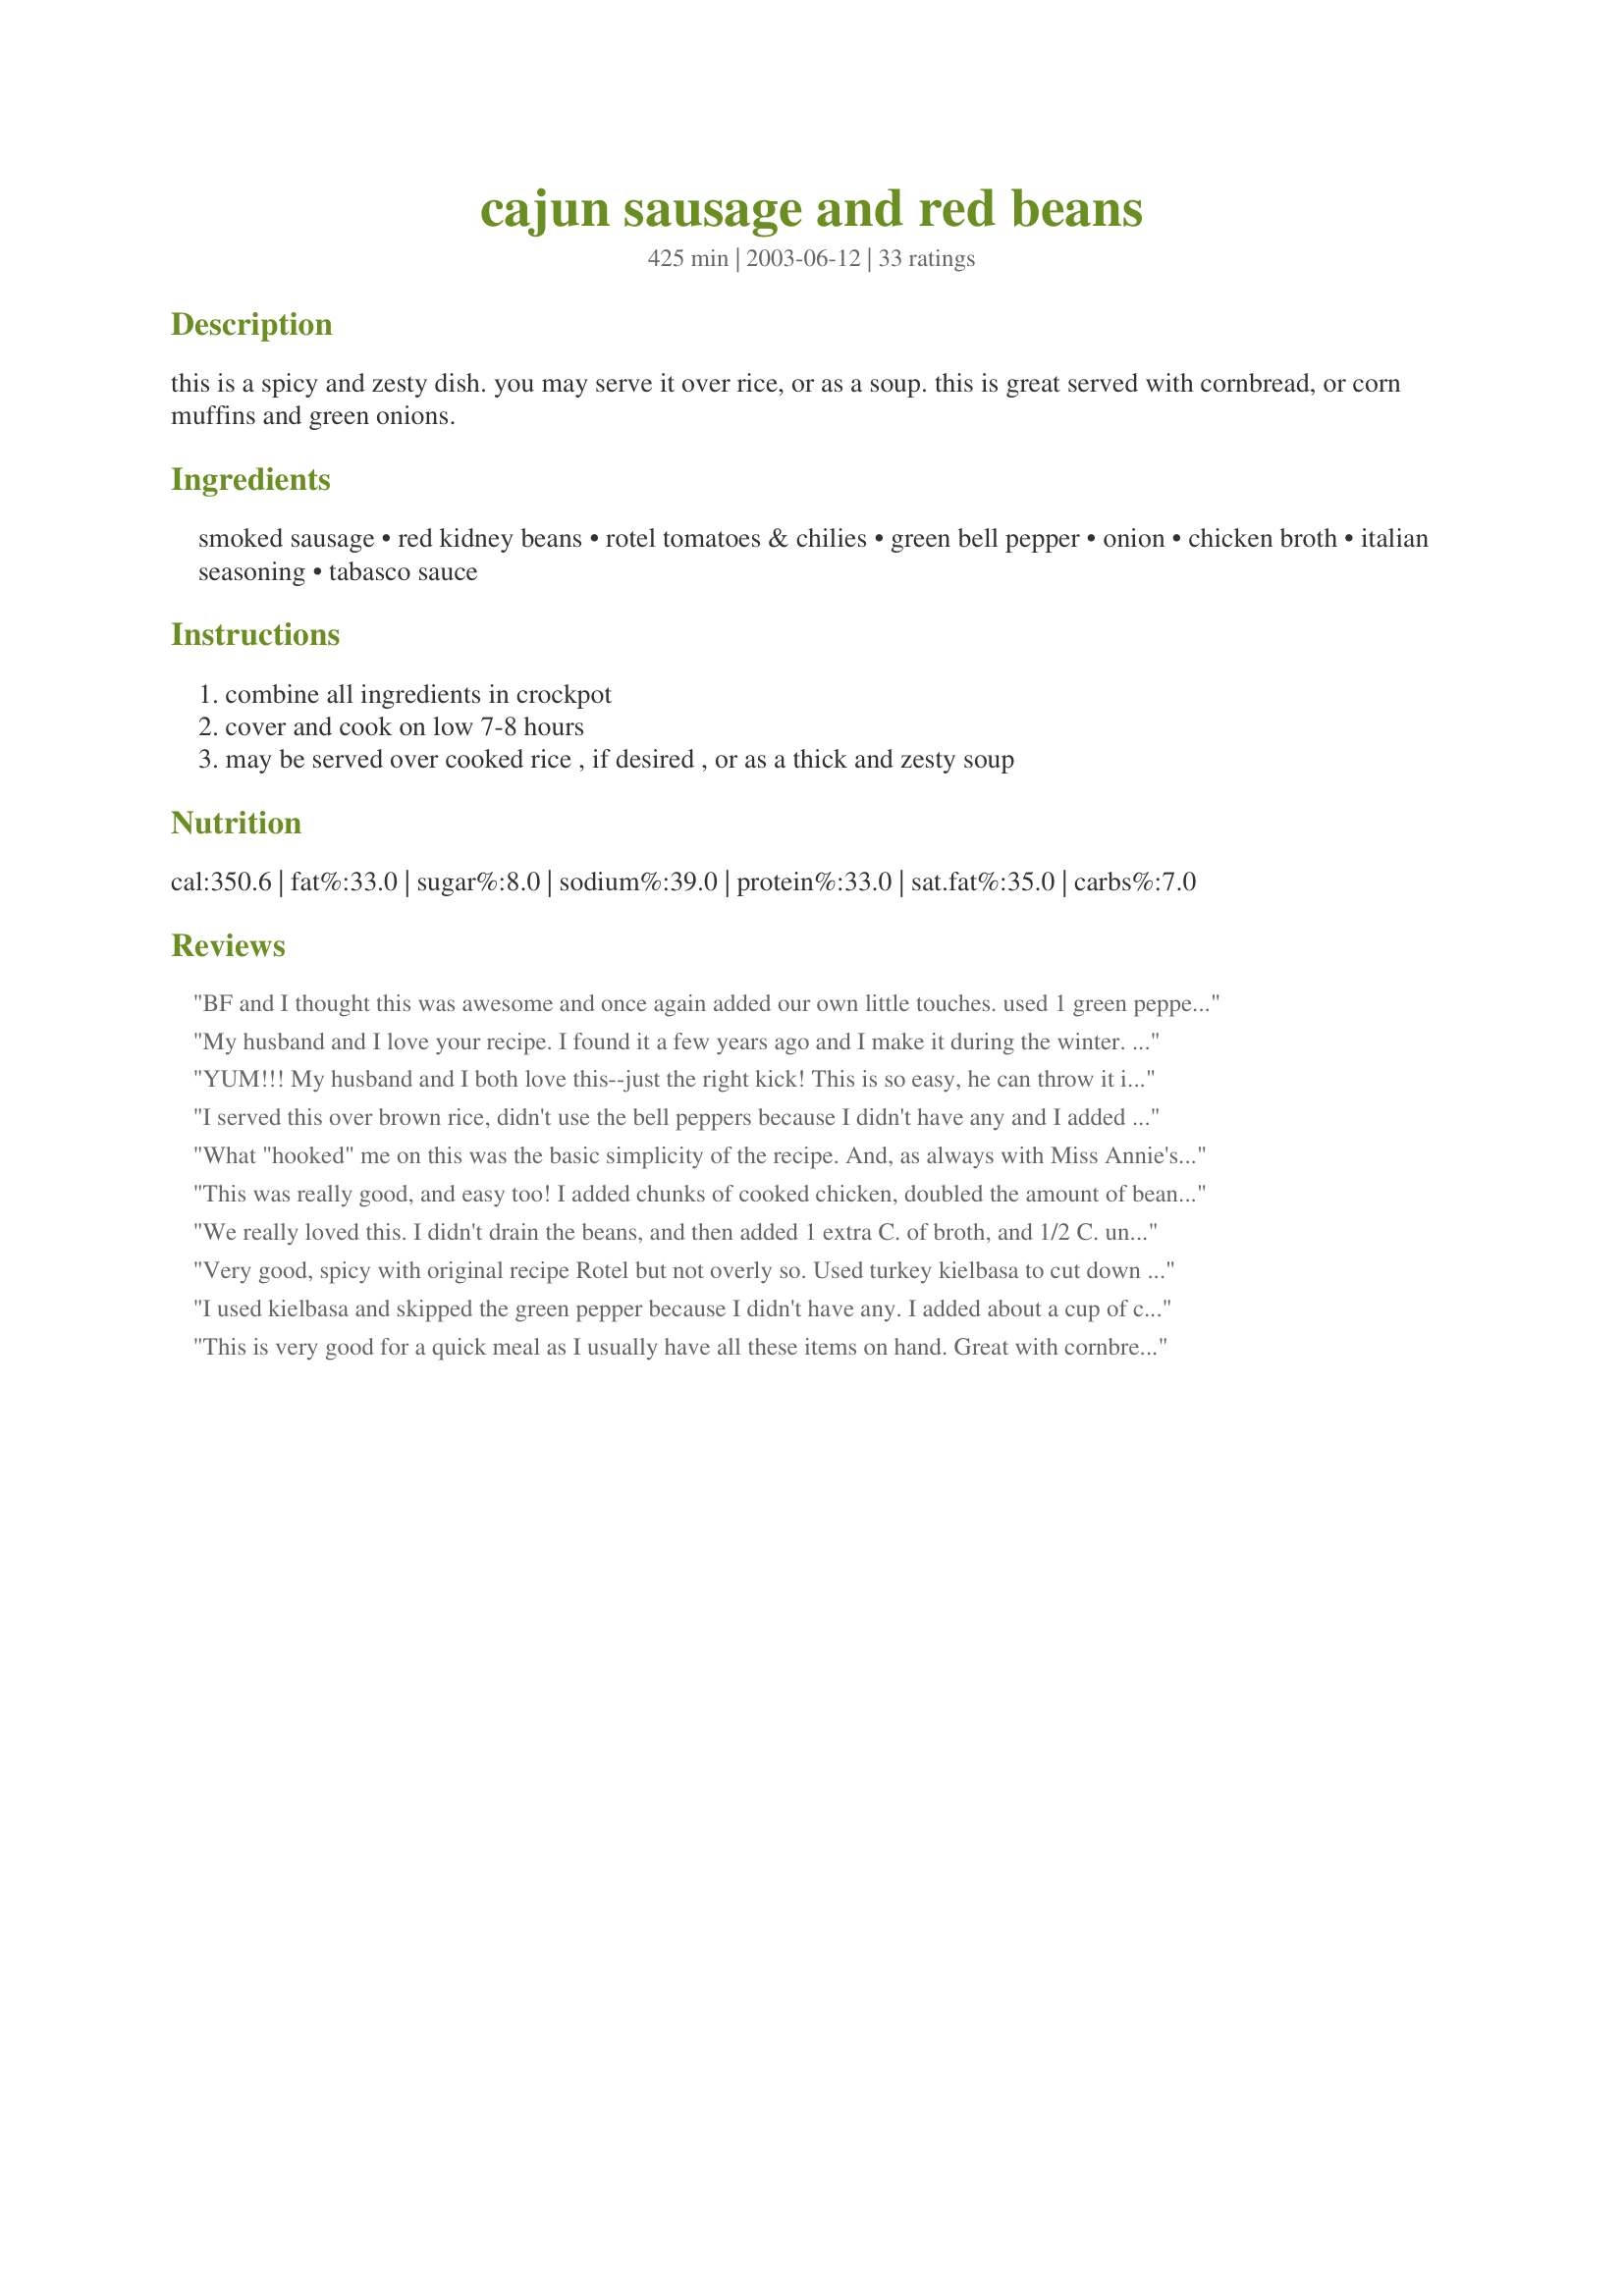
cajun sausage and red beans
Preparation time: 425 minutes

this is a spicy and zesty dish. you may serve it over rice, or as a soup. this is great served with cornbread, or corn muffins and green onions.

Ingredients:
smoked sausage, red kidney beans, rotel tomatoes & chilies, green bell pepper, onion, chicken broth, italian seasoning, tabasco sauce

Steps:
combine all ingredients in crockpot, cover and cook on low 7-8 hours, may be served over cooked rice , if desired , or as a thick and zesty soup

Reviews:
BF and I thought this was awesome and once again added our own little touches. used 1 green pepper just to get rid of it, added one red pepper for color, halved the ital seasoning, added one can corn, and dumped in a little old bay seasoning. one bite for my other half to declare "this is the S@#%!!" so there u have it!
My husband and I love your recipe. I found it a few years ago and I make it during the winter. It's so fast and easy to put together which is another 5 stars from me. I didn't have Rotel here until recently so I would add a can of tomatoes and a 4 oz. can of mild chopped green chilies. I made it the last time using Rotel mild and didn't see a difference so I'll use what I have on hand. I also add about 2 cups of cooked rice and it soaks up the broth and makes yummy one dish meal. The last time I made this I only had about 5 hours until dinner and I turned my crock on high for 2-3 hours to start and then turned to low and it was fine. I also have frozen left overs. Sometimes it doesn't seem to be as spicy as when it was first served but it's still very good. I've been tempted from time to time to add shrimp at the end but that's not something I usually have on hand. Thank you for a great recipe!
YUM!!! My husband and I both love this--just the right kick! This is so easy, he can throw it in the crockpot and take it to work and have it ready by dinnertime. Perfect!
I served this over brown rice, didn't use the bell peppers because I didn't have any and I added shredded cheese over the top. I loved this! My husband gave it 4 out of 5 stars and had mixed reviews from my kids but I expected that. 
Can't beat how easy it is to make!
What "hooked" me on this was the basic simplicity of the recipe. And, as always with Miss Annie's recipes I knew we'd love this because it would be high on taste. 
I didn't have any Rotel, so used plain home-canned tomatoes, plus I added about a lb. of cooked, drained ground beef for my husband who has to have plenty of meat in his dinners. 
I love plain smoked sausage with tomatoes alone, but this is so much better so it's a 10 star recipe, but that's not an option, so it gets 5 stars. Thanks again Miss Annie! ;)

This was really good, and easy too! I added chunks of cooked chicken, doubled the amount of beans (without draining), used Texas Pete, and thickened it a bit with some cornstarch at the very end. And I seasoned with Tony's vice the Italian dressing. I'll definately make this again. Thanks for posting.
We really loved this. I didn't drain the beans, and then added 1 extra C. of broth, and 1/2 C. uncooked Uncle Ben's Rice, a red bell pepper, a T. of garlic. Then I cooked it on the stovetop, about 4 hours, covered. Didn't add the tabasco sauce and it had plenty of heat for us!
Very good, spicy with original recipe Rotel but not overly so. Used turkey kielbasa to cut down on the fat and it was great served over brown rice.
I used kielbasa and skipped the green pepper because I didn't have any. I added about a cup of cooked brown rice half way through cooking. Nice and spicy and leftovers were great.
This is very good for a quick meal as I usually have all these items on hand. Great with cornbread. I think DH might have enjoyed it more if I had presented it as a soup, as since I served over rice (like red beans and rice) he was expecting it to be "thicker".
This was one of thse recipes that make you say "WOW"! It was absolutely delicious and had the perfect amount of spiciness. I had to double the recipe to feed my family. However, instead of doubling the sausage, I added in a packaged of diced ham along with the sausage. I served this over rice with cornbread as Miss Annie suggested. My whole family enjoyed this and I'm already looking forward to making it again. Thanks for a fantastic recipe!
Simple ingredients....BIG taste (and so much like a gumbo-well when mixed with rice of course). We were most impressed. I did only use 1 TBS of italian seasoning, which was perfect for us.
This was decent, but we felt it was missing something. To be fair, we did use a "lean" sausage in an effort to make it healthier, but I still think there was something else that could be added, I just can't put my finger on it.
This was sooo easy, and really warm and filling on a cold night. I made it according to the recipe, except I didn't have any Rotel, so I used a can of diced tomatoes and about a heaping tablespoon of minced jalapenos. This had a little kick, but not too much. We are it over brown rice. I will definitely be making this again!
Well, This dish was real easy to throw together and it did smell real good cooking in the crockpot all day, but, it really wasn't anything I would go out of my way for. Just SO-SO in my book. Don't think I'll be making it again.
We make this once every other week or so now that I've printed it. Very easy to make and extremely good. I just keep the sausage in the freezer and voila a perfect meal on hand. Thank you for a great recipe.
We thought this was just ok. I only cooked it for 4 hours and it was plenty done. Not sure what it was missing but it just wasn't as good as I thought it would be.
I was nervous at first about using 2 Tbsp of Italian seasoning, but I went ahead and used the amount the recipe calls for, and it turned out great! The only change I made was to leave out the broth/water and I just added a chicken bouillon cube instead. Very good, super easy, and I will definitely make this again!
I made this today for a big crowd,so I doubled the recipe.Not a scrap leftover.Good stuff!









 

I am a native New Orleanean (with a French Grandmother from Bayou Lafourche to boot!)and I've never seen Red Beans made with tomatoes. So I'm going to try this recipe this weekend!
I browned the saausage with the pepper adn onions before I put it in the crock pot. It was great.
This was ok for us. We ate it but will not repeat it. Sorry.
This recipe was super easy to throw in the crockpot. I will add more drained beans in next time. Great taste, though I made it a little too spicy for my husband.
I'm Cajun, but this just didn't do it for me. It was all right, but I wouldn't make it again. I do love your recipes as a whole, Miss Annie.
The only thing I left out was the green pepper. I served it over rice. We all loved this one and the only complaint I got was there was not enough for all to get seconds.
Delicious! I did add a can of diced tomatoes to cut down on the spiciness of the Rotel. Served it over rice with cheesy cornbread on the side. Perfect.
This was a hit with the entire family from a 3 year old to the parents. The only problem, which was totally on our part, was that we didn't use the best sausage. We'll definitely make it again, but with a better smoked sausage from the coop, Lunds or Kowalskis. <br/><br/>We used basmati rice and served it with a rice casserole, which we will post shortly.<br/><br/>J
Ok, I am redoing my review since the 1st one disappeared after adding a forgotten commet. 

We thought this was very good! Very easy & very flavorful! I cut the italian seasoning back to 1 1/2 TBSP & added a teaspoon of minced garlic. I also reduced the cooking time to 4 hours on low -- this was plently. Thanks for the recipe!!
This was good and easy, but not quite hot enuff for our tastes.
I had to be away this afternoon and threw this into the crockpot before I left the house. I came home to a wonderful aroma drifting from the kitchen. We used the spicy tomatoes and chilies. I also used kielbasa to prepare this and subbed Emeril's Essence for the Italian seasoning. Very good, but simple meal combined with rice. I whipped up a batch of cornbread and served this with a tossed salad to round out the meal. I usually have all of these ingredients on hand. That fact, combined with the ease of the recipe and the great flavor of the finished meal will definately make this a keeper.
This recipe was great, even though I ended up making it a little differently...First off, I used kielbasa, and since I didn't have a can of Rotel, I diced up a small jalepeno and added that to a can of italian style diced tomatoes. Because of the spices already in the tomatoes, I only added 1/2 tsp. more of italian seasoning, and last but not least, I forgot to add the green pepper. I added an extra 1 cup of chicken broth while cooking so I had enough liquid leftover when I added 1 cup of instant brown rice during the last 40 minutes turned on high. It turned out yummy and we didn't have any leftovers! Thanks for the recipe!
My husband and I both agree that this recipe will appear at our dinner table often. It is so simple to throw together in the morning before work and I love coming home to the smell of it simmering in the crockpot in the evening. We prepare it as written and serve it over brown rice.
Very good! I followed recipe exactly except that I used smoked Turkey sausage instead of regular. This dish has great flavor, is quick and easy and I will definitely make it again. Our beans and meat came out a little too soft, so I would cook no more than about 6 hours next time. Thanks for sharing!
